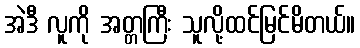
အဲဒီ လူကို အတ္တကြီး သူလို့ထင်မြင်မိတယ်။